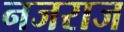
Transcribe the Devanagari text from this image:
नजराज